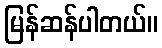
မြန်ဆန်ပါတယ်။